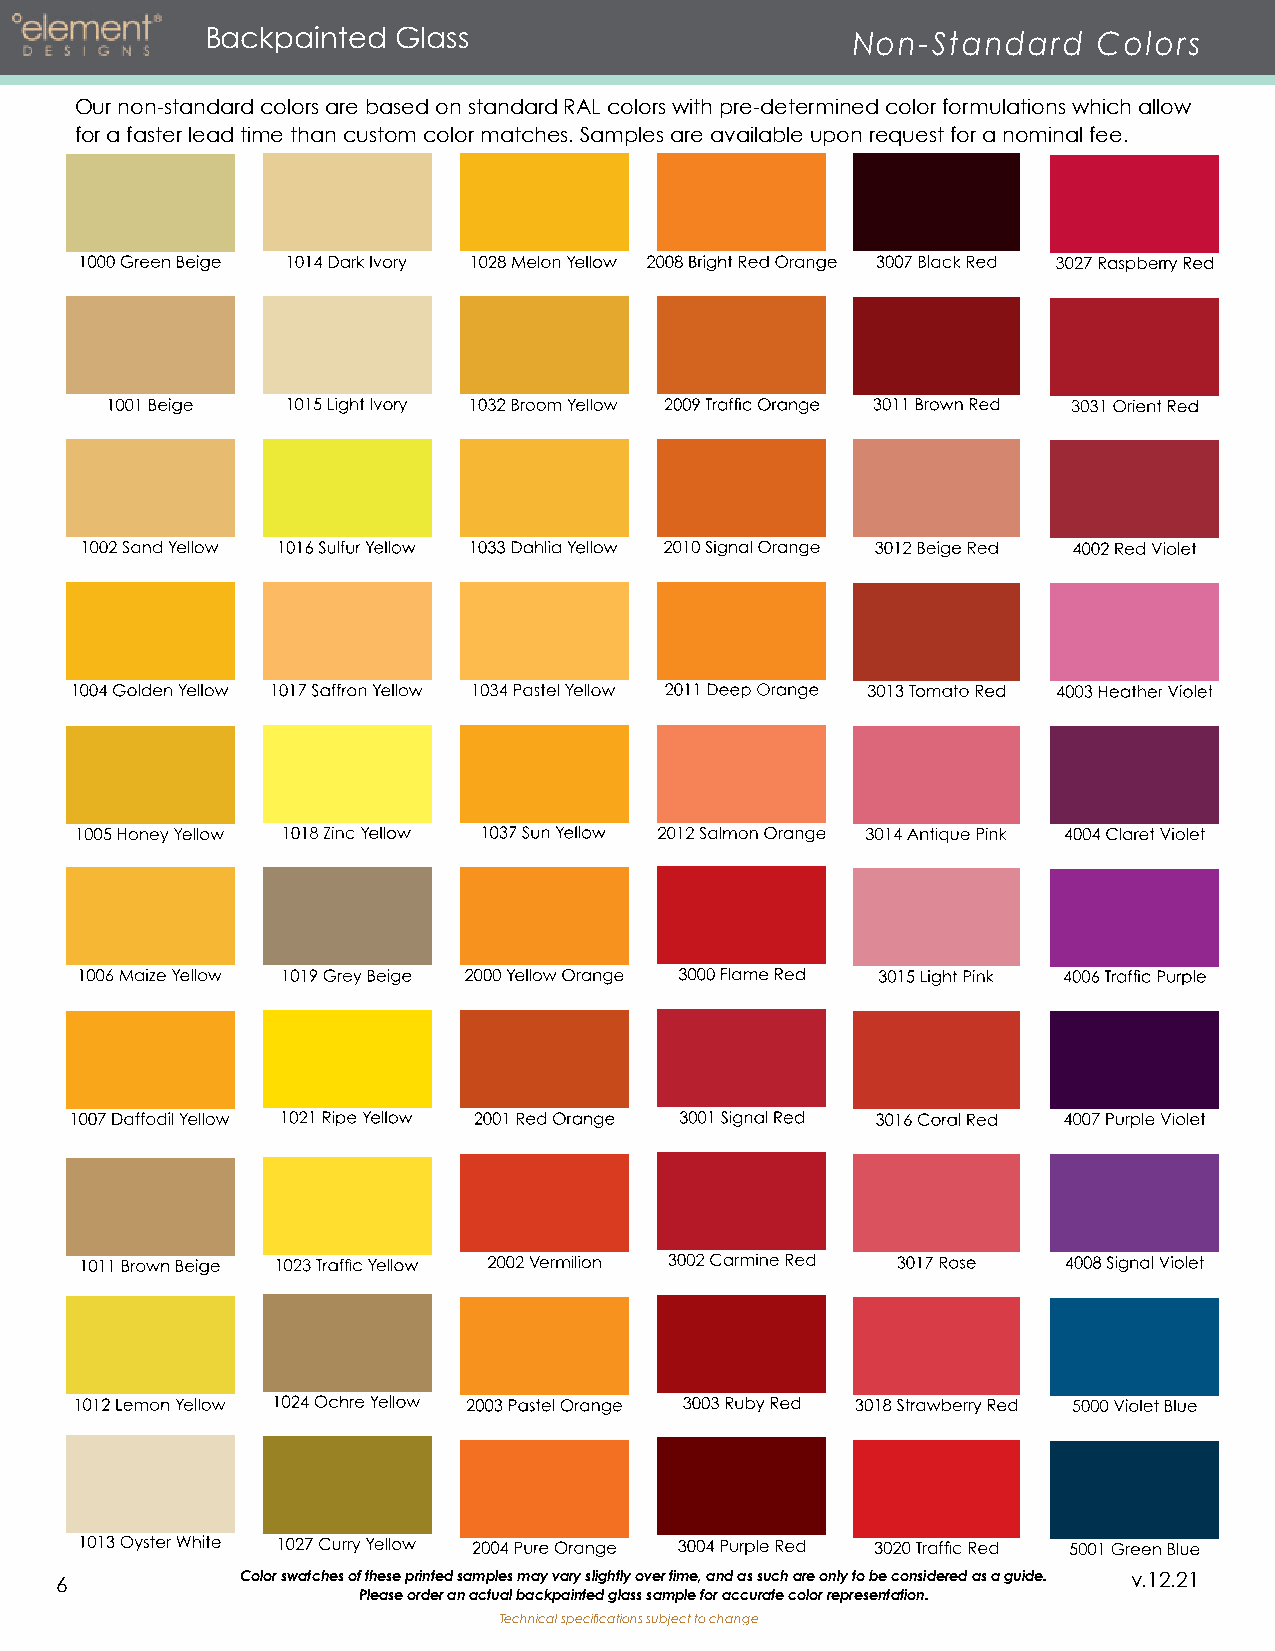
Backpainted Glass                         Non-Standard     Colors
 Our non-standard colors are based on standard RAL colors with pre-determined color formulations which allow
 for a faster lead time than custom color matches. Samples are available upon request for a nominal fee.
 6           Color swatches of these printed samples may vary slightly over time, and as such are only to be considered as a guide. v.12.21
 Please order an actual backpainted glass sample for accurate color representation.
 Technical specifications subject to change